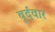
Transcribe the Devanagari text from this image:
बुर्दवार